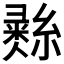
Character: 𢑲